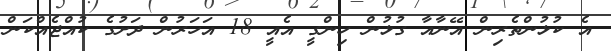
އެ ކުޅުންތެރިން އޭނާއާ ގުޅުން ހިންގީ އެއީ 18 އަހަރުން ދަށުގެ ކުއްޖެއްކަން